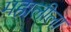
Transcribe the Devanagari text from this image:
महालीला